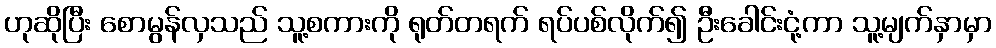
ဟုဆိုပြီး စောမွန်လှသည် သူ့စကားကို ရုတ်တရက် ရပ်ပစ်လိုက်၍ ဦးခေါင်းငုံ့ကာ သူ့မျက်နှာမှာ